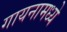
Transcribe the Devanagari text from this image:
गायनामध्ये